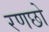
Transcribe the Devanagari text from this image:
रणछो